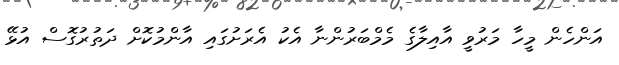
އަންހެން މީހާ މަރުވީ އާއިލާގެ މެމްބަރުންނާ އެކު އެރަށުގައި އާންމުކޮށް ދަތުރުގޮސް އުޅޭ